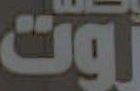
روت